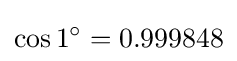
\cos 1^{\circ }=0.999848